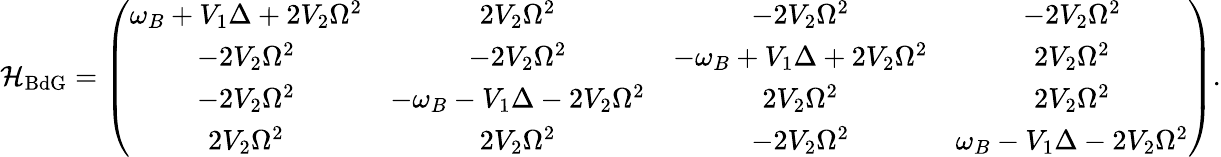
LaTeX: \mathcal{H}_{\mathrm{BdG}}=\left(\begin{array}{cccc}{\omega_{B}+V_{1}\Delta+2V_{2}\Omega^{2}}&{2V_{2}\Omega^{2}}&{-2V_{2}\Omega^{2}}&{-2V_{2}\Omega^{2}}\\ {-2V_{2}\Omega^{2}}&{-2V_{2}\Omega^{2}}&{-\omega_{B}+V_{1}\Delta+2V_{2}\Omega^{2}}&{2V_{2}\Omega^{2}}\\ {-2V_{2}\Omega^{2}}&{-\omega_{B}-V_{1}\Delta-2V_{2}\Omega^{2}}&{2V_{2}\Omega^{2}}&{2V_{2}\Omega^{2}}\\ {2V_{2}\Omega^{2}}&{2V_{2}\Omega^{2}}&{-2V_{2}\Omega^{2}}&{\omega_{B}-V_{1}\Delta-2V_{2}\Omega^{2}}\end{array}\right).